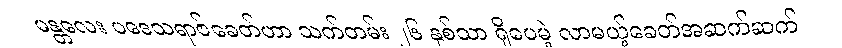
မန္တလေး ပဒေသရာဇ်ခေတ်ဟာ သက်တမ်း ၂၆ နှစ်သာ ရှိပေမဲ့ လာမယ့်ခေတ်အဆက်ဆက်